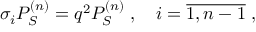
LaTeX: \sigma _ { i } P _ { S } ^ { ( n ) } = q ^ { 2 } P _ { S } ^ { ( n ) } \; , \quad i = \overline { { { 1 , n - 1 } } } \; ,